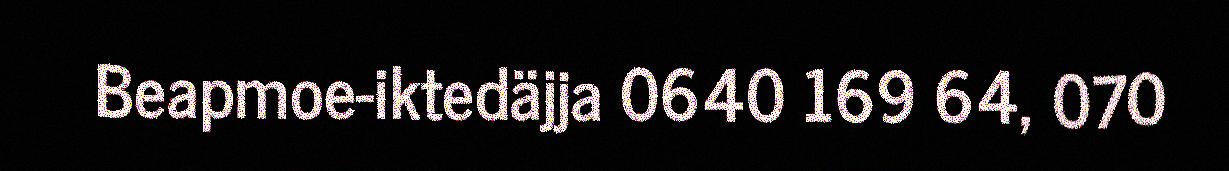
Beapmoe-iktedäjja 0640 169 64, 070